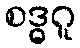
စဒ္ဓဂူ